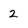
Character: 2